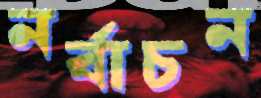
নর্বাচন